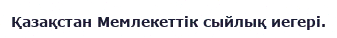
Қазақстан Мемлекеттік сыйлық иегері.